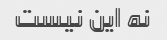
نه این نیست